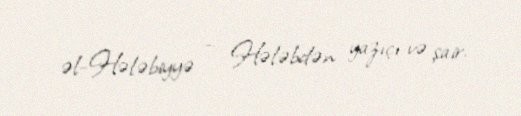
əl-Hələbiyyə — Hələbdən yazıçı və şair.